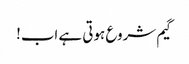
گیم شروع ہوتی ہے اب!